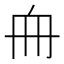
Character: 𠂨